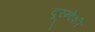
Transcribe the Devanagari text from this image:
दूरन्देशी